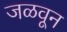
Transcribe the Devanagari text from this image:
जळवून